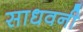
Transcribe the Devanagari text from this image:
साधवनी